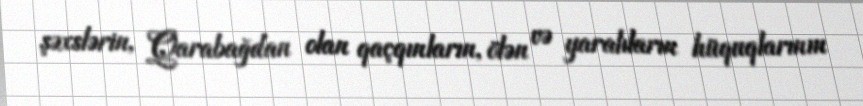
şəxslərin, Qarabağdan olan qaçqınların, ölən və yaralıların hüquqlarının